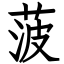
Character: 菠